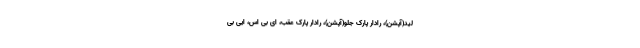
لید(آپشن)، رادار پارک جلو(آپشن)، رادار پارک عقب، ای بی اس، ایی بی